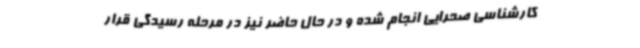
کارشناسی صحرایی انجام شده و در حال حاضر نیز در مرحله رسیدگی قرار